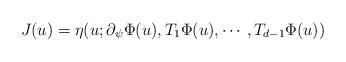
LaTeX: \begin{align*}J(u)=\eta(u;\partial_{\psi}\Phi(u),T_1\Phi(u),\cdots,T_{d-1}\Phi(u))\end{align*}